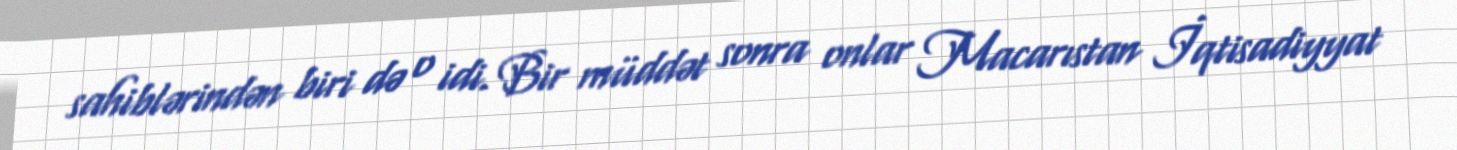
sahiblərindən biri də o idi. Bir müddət sonra onlar Macarıstan İqtisadiyyat